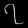
Digit: ၇